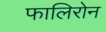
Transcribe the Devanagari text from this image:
फालिरोन